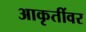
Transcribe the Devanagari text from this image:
आकृतींवर